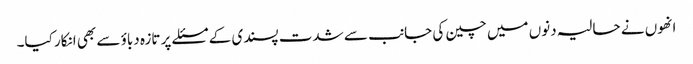
انھوں نے حالیہ دنوں میں چین کی جانب سے شدت پسندی کے مسئلے پر تازہ دباؤ سے بھی انکار کیا۔